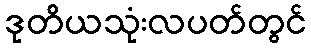
ဒုတိယသုံးလပတ်တွင်